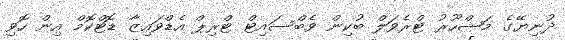
ދުނިޔޭގެ މަޝްހޫރު ޓްރެވަލް ބުކިން ވެބްސައިޓް ޓްރިޕް އެޑްވައިޒާ ޑޮޓްކޮމް އިން ހޮވި